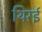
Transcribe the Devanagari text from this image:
थिरई